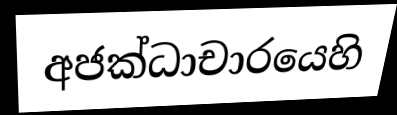
අජක්ධාචාරයෙහි